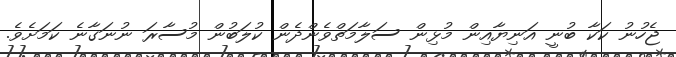
ޖެހުނު ކަކާ ބުނީ އަނިޔާއިން މުޅިން ސަލާމަތްވެންދެން ކުލަބުން މުސާރަ ނުނަގާނެ ކަމަށެވެ.